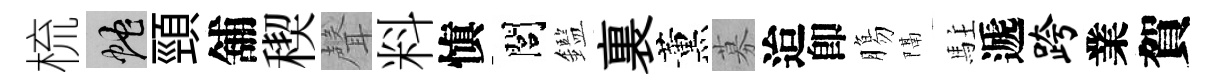
梳蛇頸舖稧聲料愼閭鑑裏薰募迨卽膓隔駐遞跨業賀